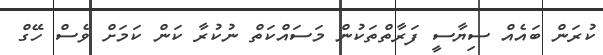
ކުރަން ބައެއް ސިޔާސީ ފަރާތްތަކުން މަސައްކަތް ނުކުރާ ކަން ކަމަށް ވެސް ހޭގް